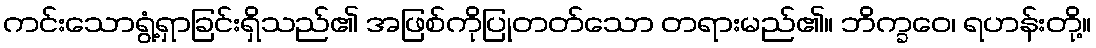
ကင်းသောရွံ့ရှာခြင်းရှိသည်၏ အဖြစ်ကိုပြုတတ်သော တရားမည်၏။ ဘိက္ခဝေ၊ ရဟန်းတို့။